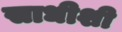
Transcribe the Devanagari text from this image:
साधीशी